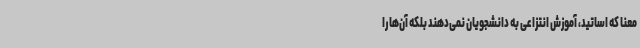
معنا که اساتید، آموزش انتزاعی به دانشجویان نمی‌دهند بلکه آن‌ها را